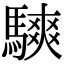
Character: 騻